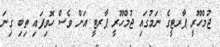
ޖުމްހޫރީ ޕާރޓީގެ ނަމުގައި ޖުމްހޫރީ ޕާރޓީ އަށް ވެސް ހޮވިފައި ތިބި ގިނަ